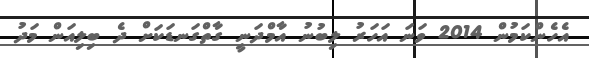
އެހެންކަމުން 2014 ވަނަ އަހަރު ލިބުނު އާމްދަނީ ގާތްގަނޑަކަށް ދެ ބިލިއަން މަދު